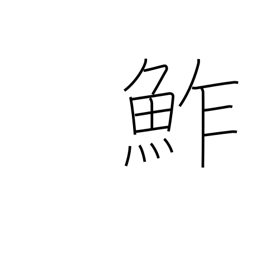
Meaning: sushi